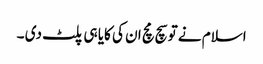
اسلام نے تو سچ مچ ان کی کایا ہی پلٹ دی ۔